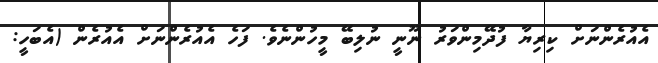
އެއުރެންނަށް ކިރިޔާ ފުދޭމިންވަރު ނޫނީ ނުލިބޭ މީހުންނެވެ. ފަހެ އެއުރެންނަށް އެއުރެން (އެބަހީ: